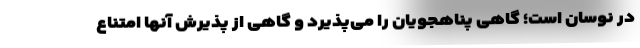
در نوسان است؛ گاهی پناهجویان را می‌پذیرد و گاهی از پذیرش آنها امتناع